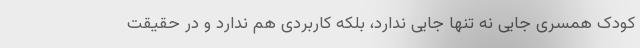
کودک همسری جایی نه تنها جایی ندارد، بلکه کاربردی هم ندارد و در حقیقت